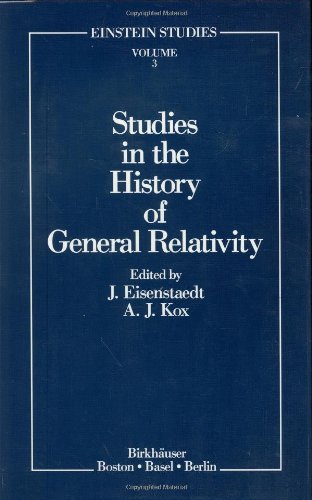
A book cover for Studies in the History of General Relativity (Einstein Studies); Science & Math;